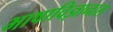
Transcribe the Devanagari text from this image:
भाषाविज्ञानास